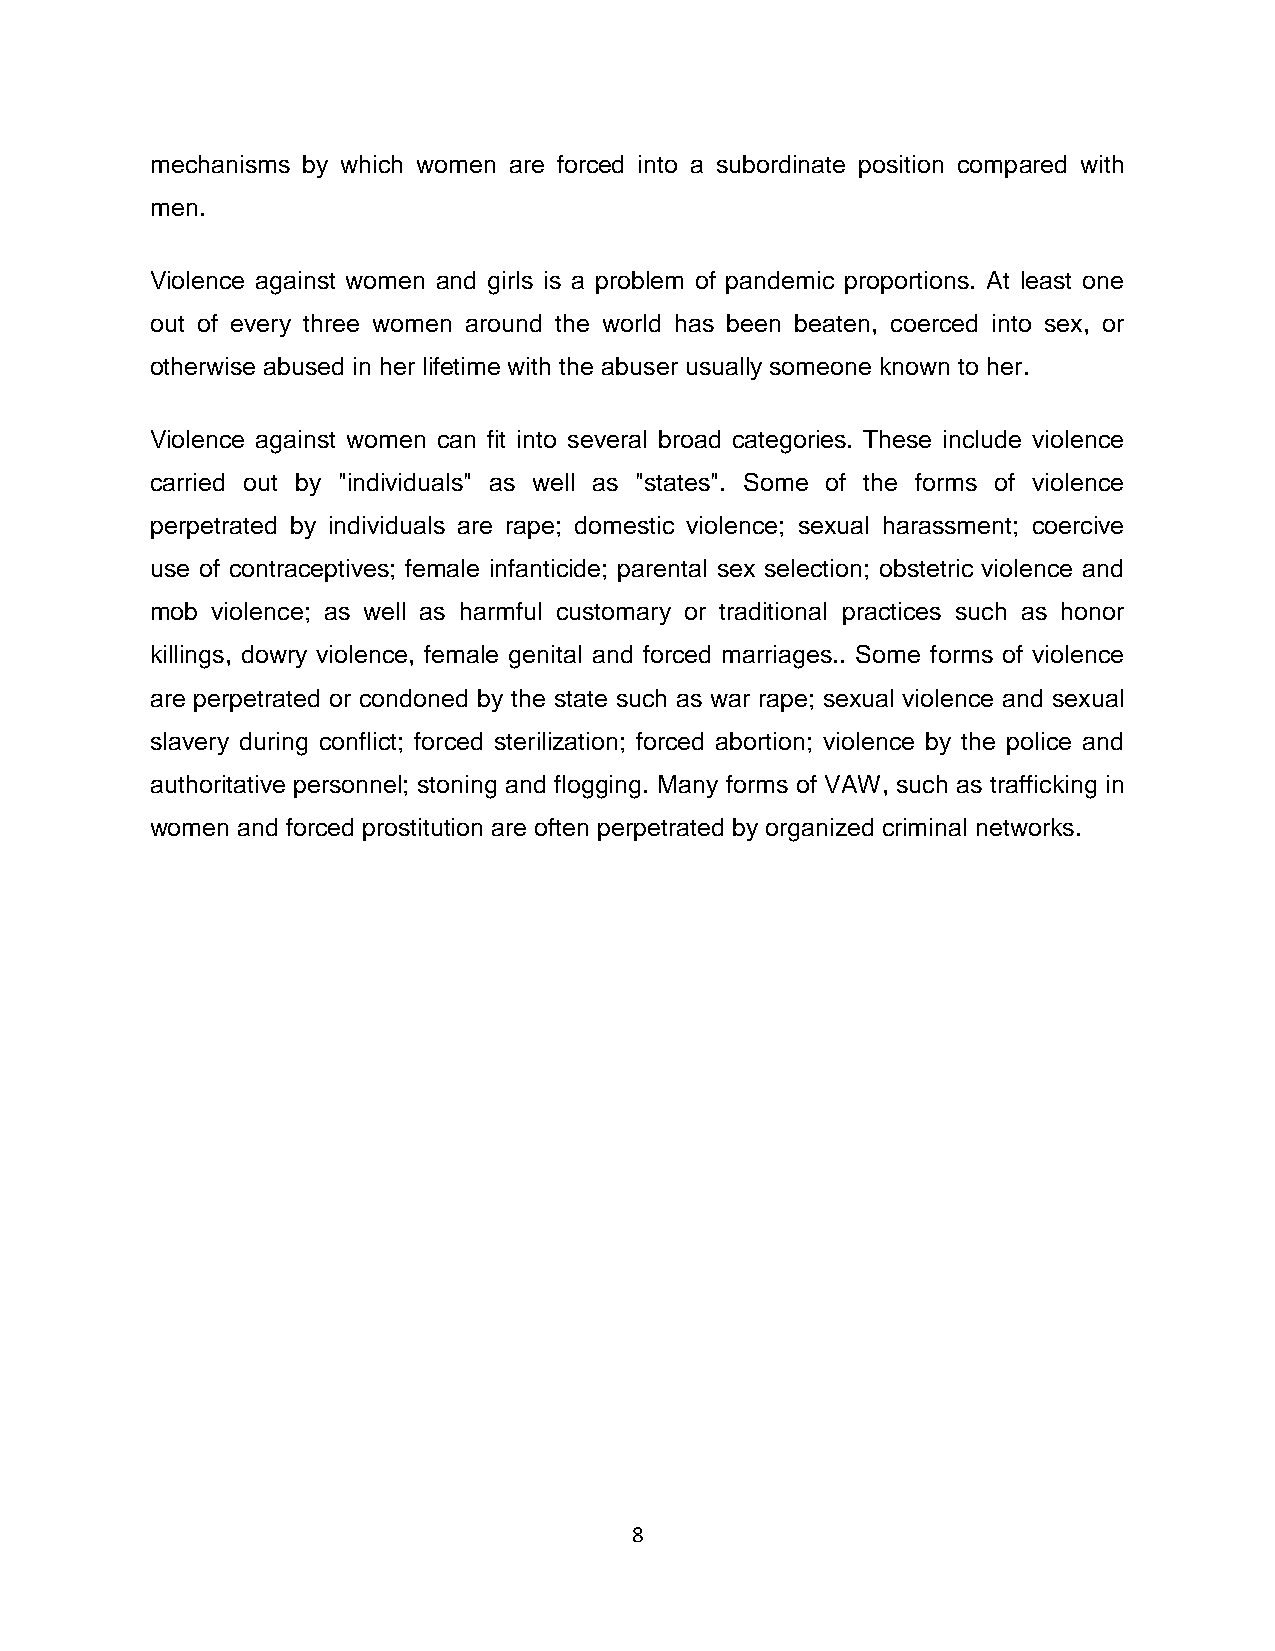
mechanisms by which women are forced into a subordinate position compared with
 men.
 Violence against women and girls is a problem of pandemic proportions. At least one
 out of every three women around the world has been beaten, coerced into sex, or
 otherwise abused in her lifetime with the abuser usually someone known to her.
 Violence against women can fit into several broad categories. These include violence
 carried out by "individuals" as well as "states". Some of the forms of violence
 perpetrated by individuals are rape; domestic violence; sexual harassment; coercive
 use of contraceptives; female infanticide; parental sex selection; obstetric violence and
 mob violence; as well as harmful customary or traditional practices such as honor
 killings, dowry violence, female genital and forced marriages.. Some forms of violence
 are perpetrated or condoned by the state such as war rape; sexual violence and sexual
 slavery during conflict; forced sterilization; forced abortion; violence by the police and
 authoritative personnel; stoning and flogging. Many forms of VAW, such as trafficking in
 women and forced prostitution are often perpetrated by organized criminal networks.
 8